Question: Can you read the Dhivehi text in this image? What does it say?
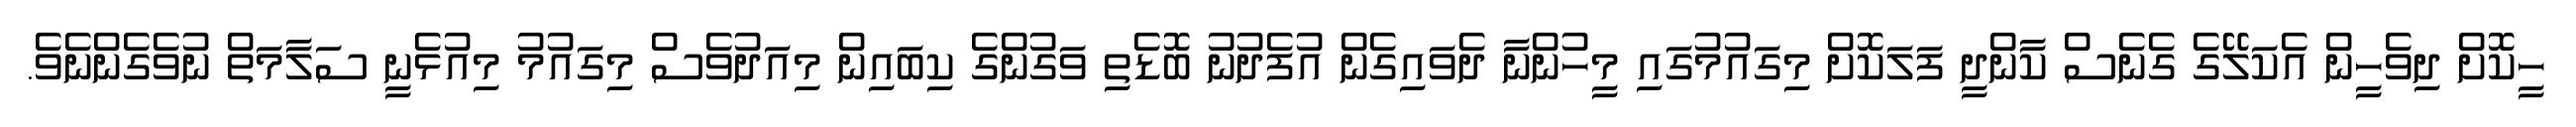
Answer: ހީކޮށް ދިވެހީން އެކަލޭގެ ގެނެސް ކާންދީ ފަލަކޮށް މިގައުމުގައި މީހުންނާ ދެވައިގެން އުފެދުނު ބޮޑެތި ވަގުންގެ ކިބައިން މިއަދުވެސް މިގައުމު މިއުޅެނީ ސަލާމަތް ނުވެގެންނެވެ.